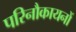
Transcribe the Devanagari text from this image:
परिनौकायनों